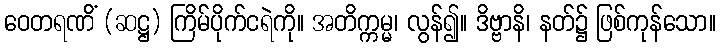
ဝေတရဏိံ (ဆဋ္ဌ) ကြိမ်ပိုက်ငရဲကို။ အတိက္ကမ္မ၊ လွန်၍။ ဒိဗ္ဗာနိ၊ နတ်၌ ဖြစ်ကုန်သော။